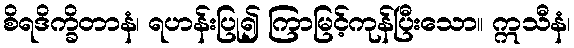
စိရဒိက္ခိတာနံ၊ ရဟန်းပြု၍ ကြာမြင့်ကုန်ပြီးသော။ ဣသီနံ၊